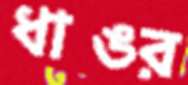
ধাঙর